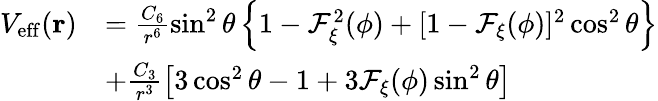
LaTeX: \begin{array}{rl}{V_{\mathrm{eff}}(\mathbf{r})}&{=\frac{C_{6}}{r^{6}}\sin^{2}\theta\left\{ 1-\mathcal{F}_{\xi}^{2}(\phi)+[1-\mathcal{F}_{\xi}(\phi)]^{2}\cos^{2}\theta\right\} }\\ &{+\frac{C_{3}}{r^{3}}\left[3\cos^{2}\theta-1+3\mathcal{F}_{\xi}(\phi)\sin^{2}\theta\right]}\end{array}